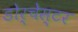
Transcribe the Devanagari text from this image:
डोर्चेस्टर